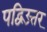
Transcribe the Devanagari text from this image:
पद्विउत्तर